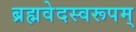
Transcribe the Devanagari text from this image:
ब्रह्मवेदस्वरूपम्